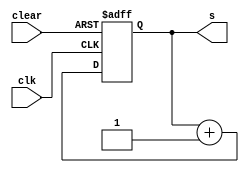
module contador (clk, clear, s);

input clk, clear;
output [2:0] s;
reg [2:0] s;

always @(posedge clk or negedge clear)

	if(!clear)
	
		s <= 3'd0;
		
	else
	
		s <= s + 3'd1;
		
endmodule